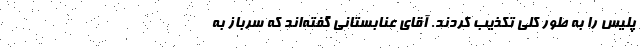
پلیس را به طور کلی تکذیب کردند. آقای عنابستانی گفته‌اند که سرباز به